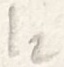
Text: I2